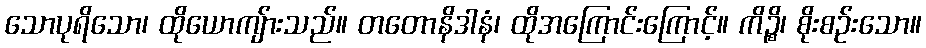
သောပုရိသော၊ ထိုယောကျ်ားသည်။ တတောနိဒါနံ၊ ထိုအကြောင်းကြောင့်။ ကိဉ္စိ၊ စိုးစဉ်းသော။